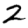
Digit: 2